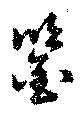
鑑